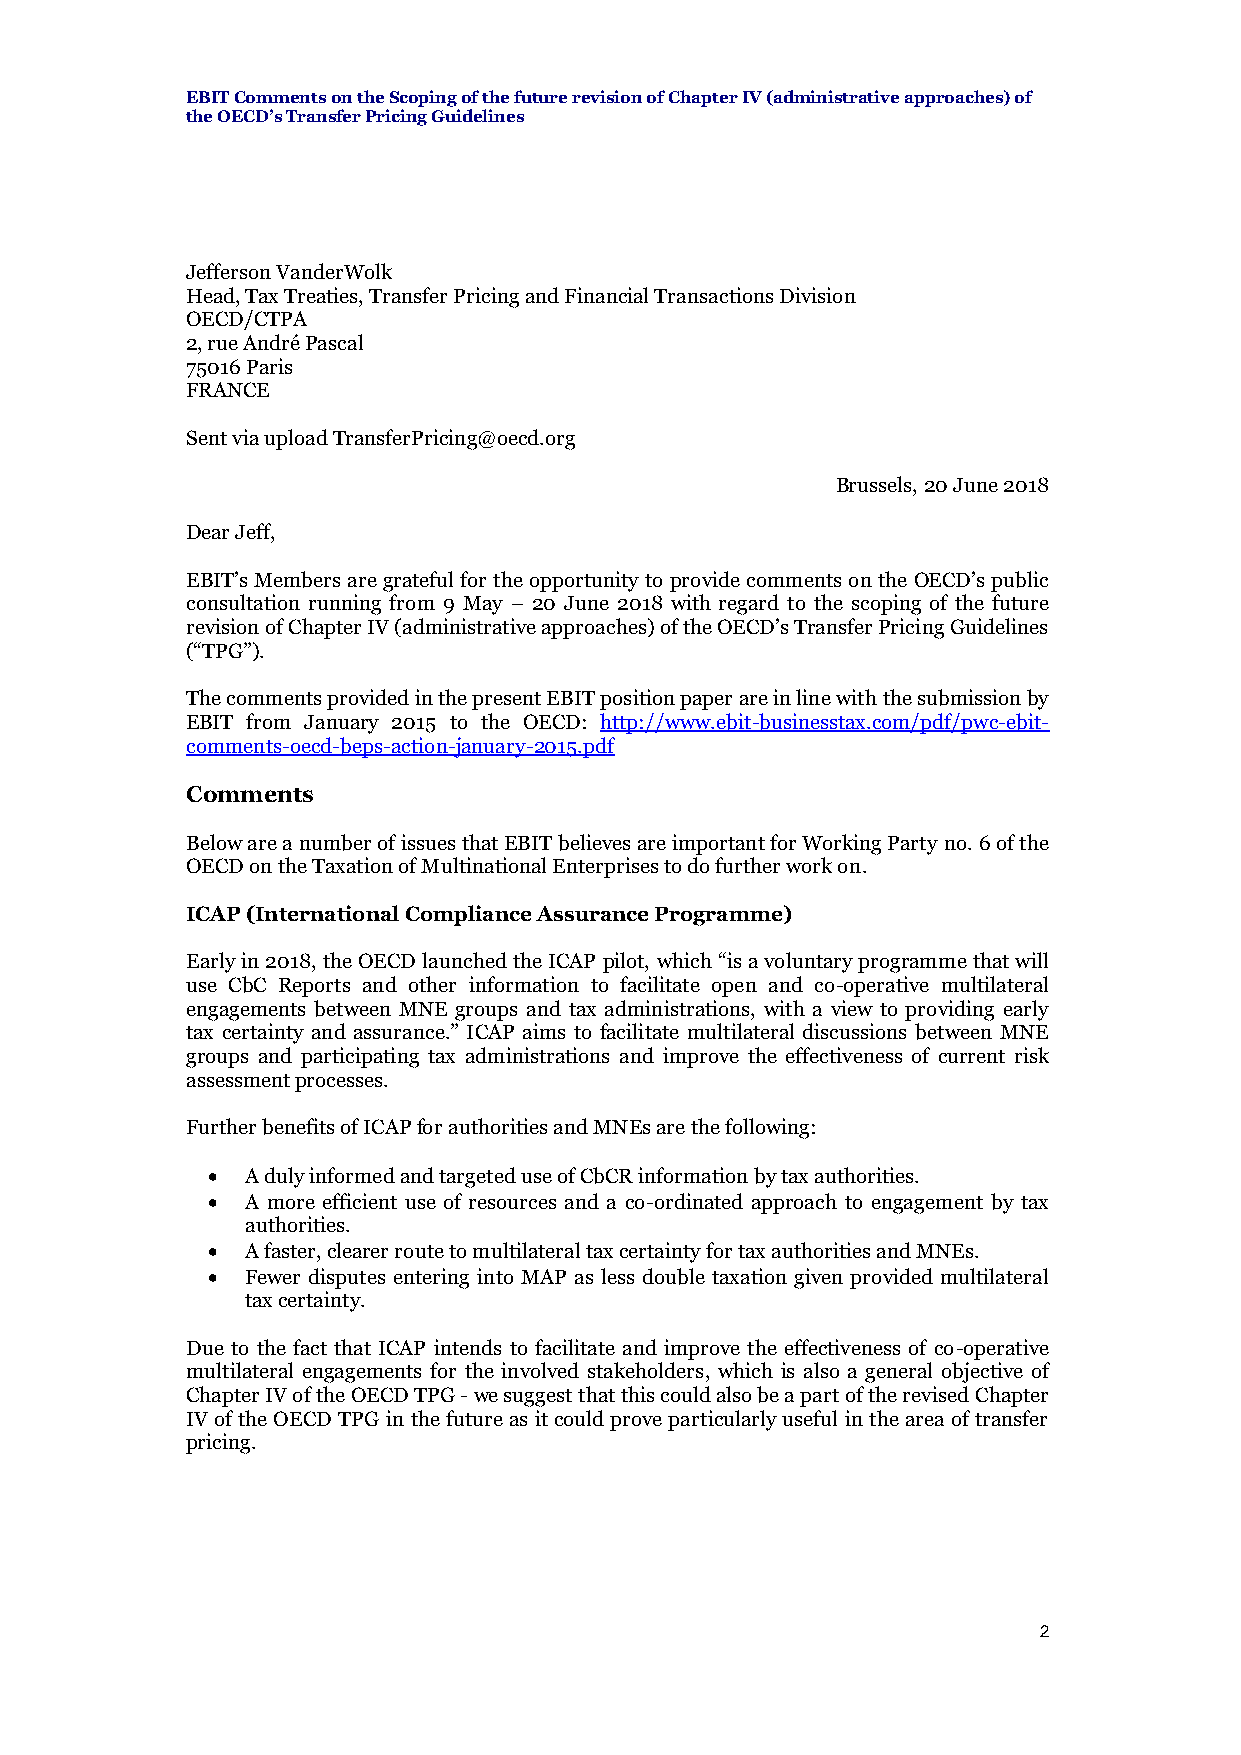
EBIT Comments on the Scoping of the future revision of Chapter IV (administrative approaches) of
 the OECD’s Transfer Pricing Guidelines
 Jefferson VanderWolk
 Head, Tax Treaties, Transfer Pricing and Financial Transactions Division
 OECD/CTPA
 2, rue André Pascal
 75016 Paris
 FRANCE
 Sent via upload TransferPricing@oecd.org
 Brussels, 20 June 2018
 Dear Jeff,
 EBIT’s Members are grateful for the opportunity to provide comments on the OECD’s public
 consultation running from 9 May – 20 June 2018 with regard to the scoping of the future
 revision of Chapter IV (administrative approaches) of the OECD’s Transfer Pricing Guidelines
 (“TPG”).
 The comments provided in the present EBIT position paper are in line with the submission by
 EBIT from January 2015 to the OECD: http://www.ebit-businesstax.com/pdf/pwc-ebit-
 comments-oecd-beps-action-january-2015.pdf
 Comments
 Below are a number of issues that EBIT believes are important for Working Party no. 6 of the
 OECD on the Taxation of Multinational Enterprises to do further work on.
 ICAP (International Compliance Assurance Programme)
 Early in 2018, the OECD launched the ICAP pilot, which “is a voluntary programme that will
 use CbC Reports and other information to facilitate open and co-operative multilateral
 engagements between MNE groups and tax administrations, with a view to providing early
 tax certainty and assurance.” ICAP aims to facilitate multilateral discussions between MNE
 groups and participating tax administrations and improve the effectiveness of current risk
 assessment processes.
 Further benefits of ICAP for authorities and MNEs are the following:
  A duly informed and targeted use of CbCR information by tax authorities.
  A more efficient use of resources and a co-ordinated approach to engagement by tax
 authorities.
  A faster, clearer route to multilateral tax certainty for tax authorities and MNEs.
  Fewer disputes entering into MAP as less double taxation given provided multilateral
 tax certainty.
 Due to the fact that ICAP intends to facilitate and improve the effectiveness of co-operative
 multilateral engagements for the involved stakeholders, which is also a general objective of
 Chapter IV of the OECD TPG - we suggest that this could also be a part of the revised Chapter
 IV of the OECD TPG in the future as it could prove particularly useful in the area of transfer
 pricing.
 2